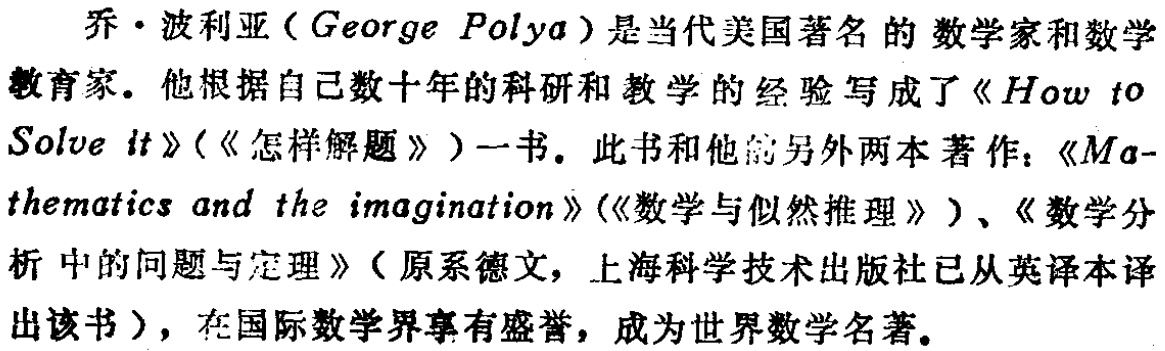
乔·波利亚（George Polya）是当代美国著名的数学家和数学教育家。他根据自己数十年的科研和教学的经验写成了《How to Solve it》（《怎样解题》）一书。此书和他的另外两本著作：《Mathematics and the imagination》（《数学与似然推理》）、《数学分析中的问题与定理》（原系德文，上海科学技术出版社已从英译本译出该书），在国际数学界享有盛誉，成为世界数学名著。